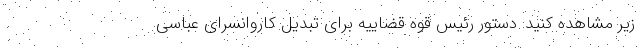
زیر مشاهده کنید: دستور رئیس قوه قضاییه برای تبدیل کاروانسرای عباسی